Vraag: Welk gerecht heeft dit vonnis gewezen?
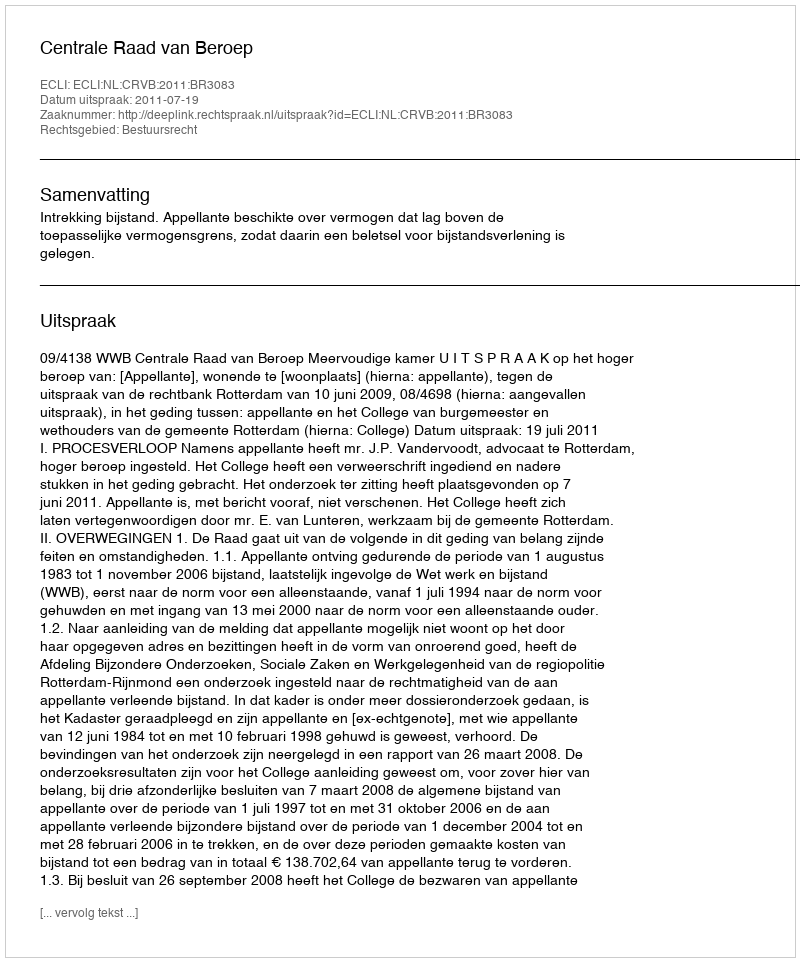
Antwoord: Centrale Raad van Beroep